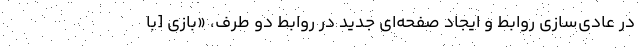
در عادی‌سازی روابط و ایجاد صفحه‌ای جدید در روابط دو طرف، «بازی [با